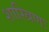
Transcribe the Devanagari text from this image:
शास्त्रिणः